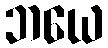
ဘယေ